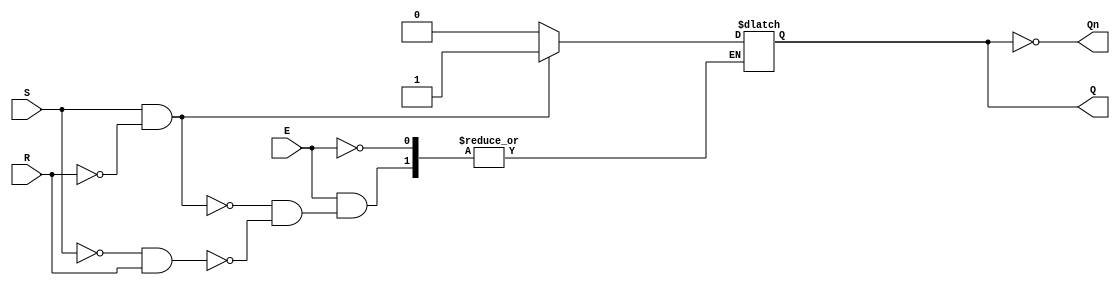
module gated_sr_latch (
    input wire S,    // Set input
    input wire R,    // Reset input
    input wire E,    // Enable input
    output reg Q,    // Output Q
    output wire Qn   // Complementary output (not Q)
);

    assign Qn = ~Q; // Complement of Q

    always @ (S, R, E) begin
        if (E) begin
            if (S && ~R) begin
                Q <= 1;  // Set Q to 1
            end else if (~S && R) begin
                Q <= 0;  // Reset Q to 0
            end
            // If both S and R are 0, Q retains its previous state (memory condition)
            // If both S and R are 1, it is an invalid state (undefined behavior)
        end
        // When E is low, Q retains its previous state
    end

endmodule